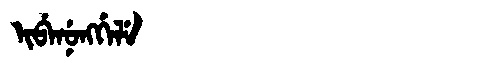
Manchu: ᡳᠪᡝᠨᡠᠩᡤᡝᠯᡝ
Romanization: IBENUNGGELE